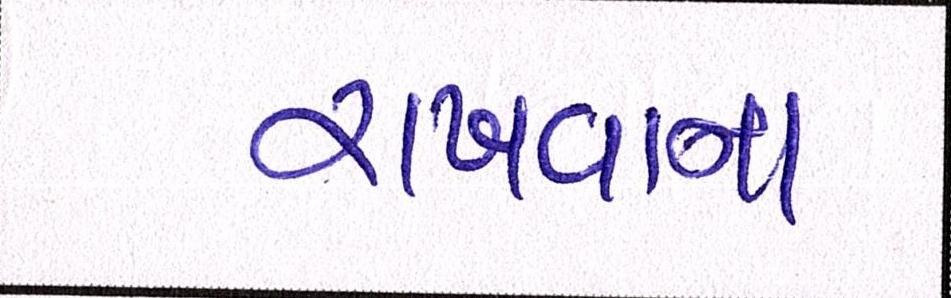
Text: રાખવાનાં